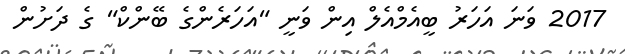
2017 ވަނަ އަހަރު ބީއެމްއެލް އިން ވަނީ "އަހަރެންގެ ބޭންކް" ގެ ދަށުން